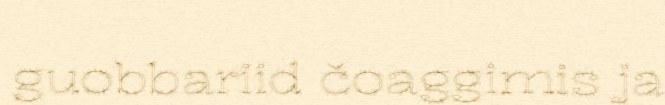
guobbariid čoaggimis ja